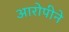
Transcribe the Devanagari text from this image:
आरोपीने